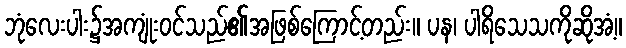
ဘုံလေးပါး၌အကျုံးဝင်သည်၏အဖြစ်ကြောင့်တည်း။ ပန၊ ပါရိသေသကိုဆိုအံ့။